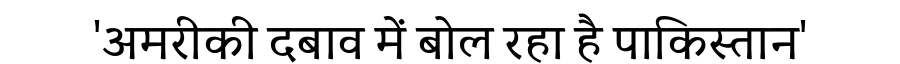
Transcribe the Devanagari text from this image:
'अमरीकी दबाव में बोल रहा है पाकिस्तान'